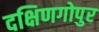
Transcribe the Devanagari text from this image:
दक्षिणगोपुर